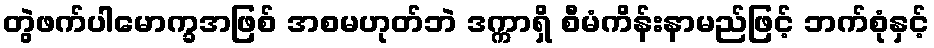
တွဲဖက်ပါမောက္ခအဖြစ် အစမဟုတ်ဘဲ ဒက္ကာရှိ စီမံကိန်းနာမည်ဖြင့် ဘက်စုံနှင့်